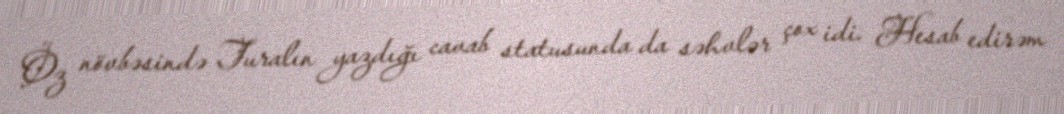
Öz növbəsində Turalın yazdığı cavab statusunda da səhvlər çox idi. Hesab edirəm